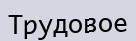
Трудовое